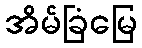
အိမ်ခြံမြေ